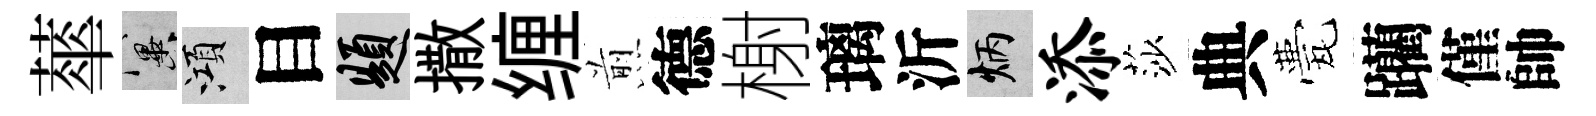
蕐冀澒目題撒缠煎德榭璃沂炳添莎典甍躪僅帥